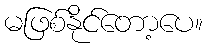
မဖြစ်နိုင်တော့ပေ။